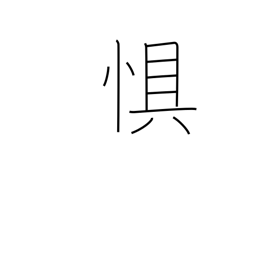
Meaning: dread